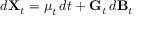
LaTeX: d \mathbf { X } _ { t } = { \boldsymbol { \mu } } _ { t } \, d t + \mathbf { G } _ { t } \, d \mathbf { B } _ { t }